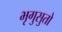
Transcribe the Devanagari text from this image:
भृगुसुतो